Indian journal of veterinary science and animal husbandry - Volume 12,
Year: 1942
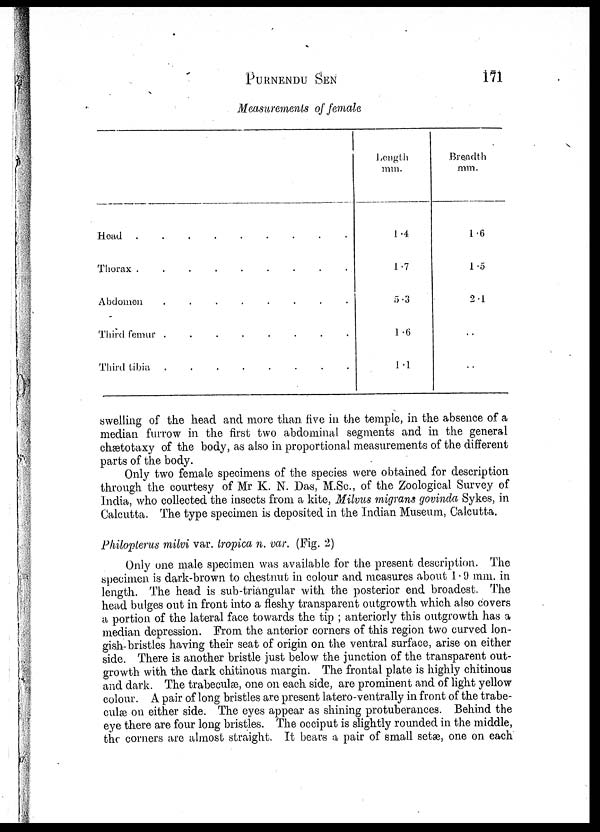
PURNENDU SEN 171
Measurements of female
Head
Thorax
.........
Abdomen
........
Third
femur........
Third
tibia........
Length
mm.
1.4
1.7
5.3
1.6
1.1
Breadth
mm.
1 .6
1 .5
2.1
. .
. .
swelling of the head and more than five in the temple, in the absence of a
median furrow in the first two abdominal segments and in the general
chætotaxy of the body, as also in proportional measurements of the different
parts of the body.
Only two female specimens of the species were obtained for description
through the courtesy of Mr K. N. Das, M.Sc., of the Zoological Survey of
India, who collected the insects from a kite, Milvus migrans govinda Sykes, in
Calcutta. The type specimen is deposited in the Indian Museum, Calcutta.
Philopterus milvi var. tropica n. var. (Fig. 2)
Only one male specimen was available for the present description. The
specimen is dark-brown to chestnut in colour and measures about 1.9 mm. in
length. The head is sub-triangular with the posterior end broadest. The
head bulges out in front into a fleshy transparent outgrowth which also cov ers
a portion of the lateral face towards the tip ; anteriorly this outgrowth has a
median depression. From the anterior corners of this region two curved lon-
gish bristles having their seat of origin on the ventral surface, arise on either
side. There is another bristle just below the junction of the transparent out-
growth with the dark chitinous margin. The frontal plate is highly chitinous
and dark. The trabeculæ, one on each side, are prominent and of light yellow
colour. A pair of long bristles are present latero-ventrally in front of the trabe-
culæ on either side. The eyes appear as shining protuberances. Behind the
eye there are four long bristles. The occiput is slightly rounded in the middle,
the corners are almost straight. It bears a pair of small setæ, one on each